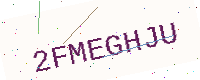
Text: 2FMEGHJU